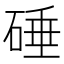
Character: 硾